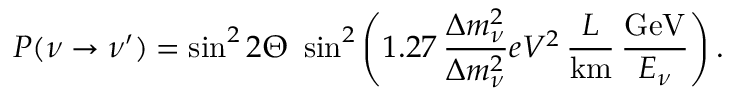
P ( \nu \to \nu ^ { \prime } ) = \sin ^ { 2 } 2 \Theta \, \, \sin ^ { 2 } \left( 1 . 2 7 \, \frac { \Delta m _ { \nu } ^ { 2 } } { \Delta m _ { \nu } ^ { 2 } } { e V ^ { 2 } } \, \frac { L } { \mathrm { k m } } \, \frac { \mathrm { G e V } } { E _ { \nu } } \right) .